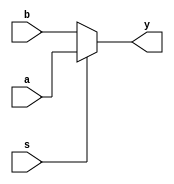
module mux2 #(parameter WIDTH = 32)(
	input wire[WIDTH - 1 :0] a,
	input wire[WIDTH - 1 :0] b,
	input wire s,
	output wire [WIDTH -1 :0] y
	);
	
	assign y = (s == 1)? a : b;

endmodule